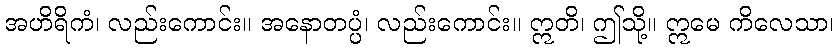
အဟိရိကံ၊ လည်းကောင်း။ အနောတပ္ပံ၊ လည်းကောင်း။ ဣတိ၊ ဤသို့။ ဣမေ ကိလေသာ၊